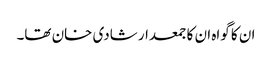
ان کا گواہ ان کا جمعدار شادی خان تھا۔